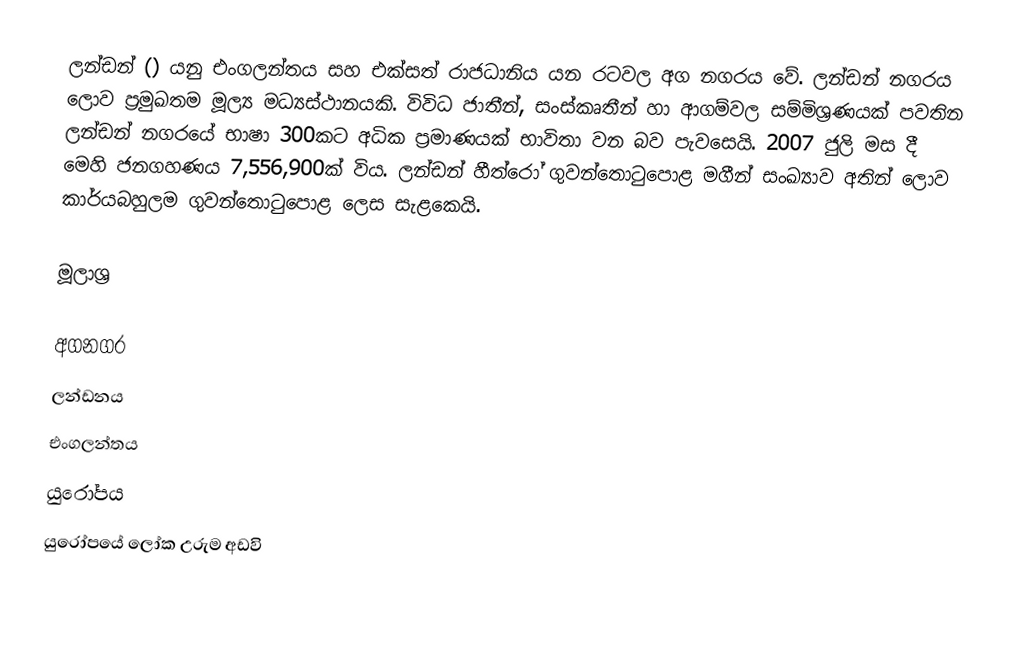
ලන්ඩන් ()  යනු එංගලන්තය සහ එක්සත් රාජධානිය යන රටවල අග නගරය වේ. ලන්ඩන් නගරය ලොව ප්‍රමුඛතම මූල්‍ය මධ්‍යස්ථානයකි. විවිධ ජාතීන්, සංස්කෘතීන් හා ආගම්වල සම්මිශ්‍රණයක් පවතින ලන්ඩන් නග‍රයේ භාෂා 300කට අධික ප්‍රමාණයක් භාවිතා වන බව පැවසෙයි. 2007 ජුලි මස දී මෙහි ජනගහණය 7,556,900ක් විය. ලන්ඩන් හීත්රෝ ගුවන්තොටුපොළ මගීන් සංඛ්‍යාව අතින් ලොව කාර්යබහුලම ගුවන්තොටුපොළ ලෙස සැළකෙයි.

මූලාශ්‍ර

අගනගර
ලන්ඩනය
එංගලන්තය
යුරෝපය
යුරෝපයේ ලෝක උරුම අඩවි